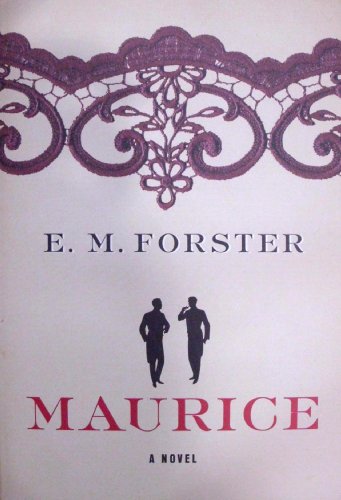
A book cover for Maurice: A Novel; E. M. Forster; Literature & Fiction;